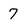
Character: 7